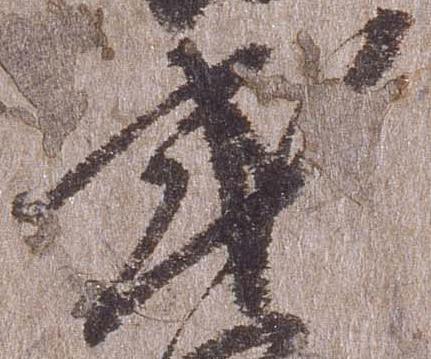
式